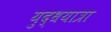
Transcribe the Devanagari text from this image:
युद्धयात्रा